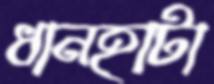
ধানহাটা